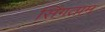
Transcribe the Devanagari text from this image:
सिंगताम